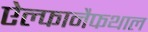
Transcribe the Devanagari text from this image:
ऐल्फानैफथाल